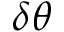
\delta \boldsymbol { \theta }